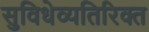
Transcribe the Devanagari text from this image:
सुविधेव्यतिरिक्त